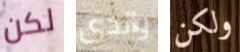
لكن والدى ولكن